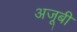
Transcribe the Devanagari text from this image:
अजूबी